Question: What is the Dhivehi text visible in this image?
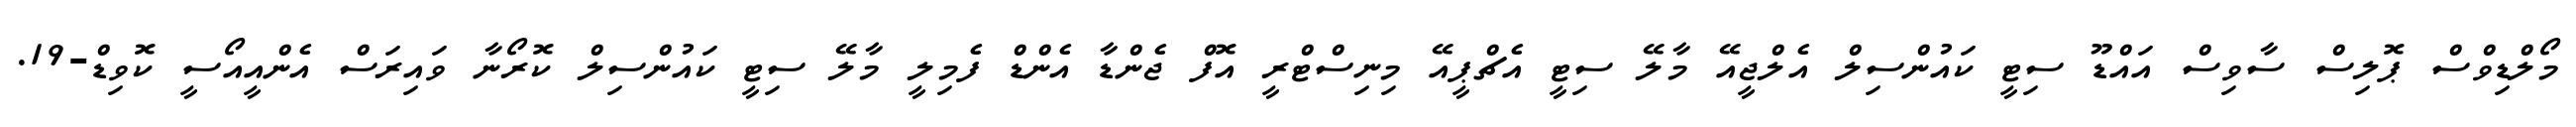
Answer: މޯލްޑިވްސް ޕޮލިސް ސާވިސް އައްޑޫ ސިޓީ ކައުންސިލް އެލްޖީއޭ މާލޭ ސިޓީ އެޗްޕީއޭ މިނިސްޓްރީ އޮފް ޖެންޑާ އެންޑް ފެމިލީ މާލޭ ސިޓީ ކައުންސިލް ކޮރޯނާ ވައިރަސް އެންއީއޯސީ ކޮވިޑް-19.